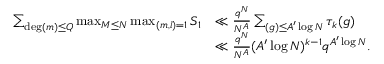
\begin{array} { r l } { \sum _ { \deg ( m ) \leq Q } \operatorname* { m a x } _ { M \leq N } \operatorname* { m a x } _ { ( m , l ) = 1 } S _ { 1 } } & { \ll \frac { q ^ { N } } { N ^ { A } } \sum _ { \d ( g ) \leq A ^ { \prime } \log N } \tau _ { k } ( g ) } \\ & { \ll \frac { q ^ { N } } { N ^ { A } } ( A ^ { \prime } \log N ) ^ { k - 1 } q ^ { A ^ { \prime } \log N } . } \end{array}